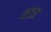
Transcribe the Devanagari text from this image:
मंद्रम